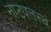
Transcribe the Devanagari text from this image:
नाट्यतत्त्वं